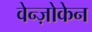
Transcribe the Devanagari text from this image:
वेन्ज़ोकेन